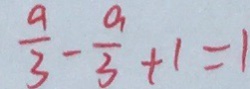
\frac { a } { 3 } - \frac { a } { 3 } + 1 = 1